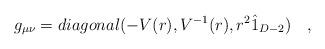
LaTeX: \begin{align*}g_{\mu \nu }=diagonal(-V(r),V^{-1}(r),r^{2}\hat{1}_{D-2})\quad , \end{align*}